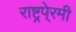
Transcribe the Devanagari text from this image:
राष्ट्रपे्रमी